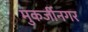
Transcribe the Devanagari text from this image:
मुकर्जीनगर